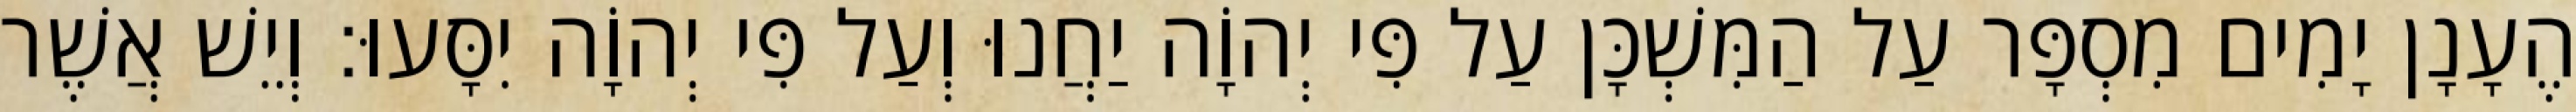
הֶעָנָן יָמִים מִסְפָּר עַל הַמִּשְׁכָּן עַל פִּי יְהוָֹה יַחֲנוּ וְעַל פִּי יְהוָֹה יִסָּעוּ׃ וְיֵשׁ אֲשֶׁר